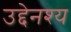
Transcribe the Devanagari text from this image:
उद्देनश्‍य